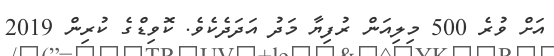
އަށް ވުރެ 500 މިލިއަން ރުފިޔާ މަދު އަދަދެކެވެ. ކޮވިޑްގެ ކުރިން 2019